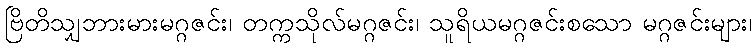
ဗြိတိသျှဘားမားမဂ္ဂဇင်း၊ တက္ကသိုလ်မဂ္ဂဇင်း၊ သူရိယမဂ္ဂဇင်းစသော မဂ္ဂဇင်းများ၊